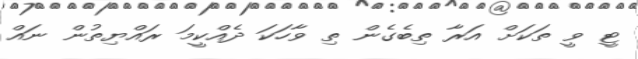
ޓީ ވީ ތަކަށް އަރާ ތިބެގެން ތި ވާހަކަ ދެއްކީމަ ރައްޔިތުން ނައް